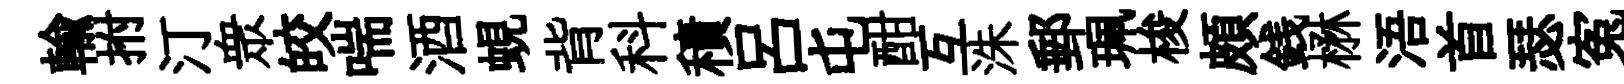
輸拊汀衆皎喘酒蜆背科積吕屯酣互洙郵珮梭頗銭楙浯首瑟寃